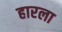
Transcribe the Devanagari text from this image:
हारला